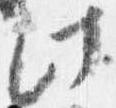
此